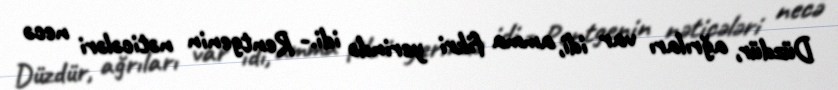
Düzdür, ağrıları var idi, amma fikri yerində idi.- Rentgenin nəticələri necə